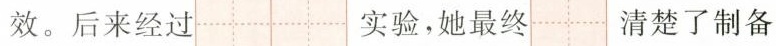
效。后来经过 实验，她最终 清楚了制备